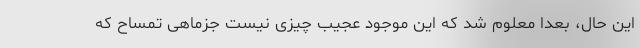
این حال، بعدا معلوم شد که این موجود عجیب چیزی نیست جزماهی تمساح که